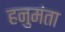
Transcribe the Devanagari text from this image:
हनुमंता